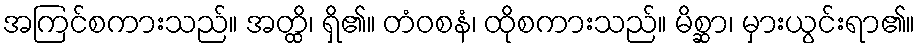
အကြင်စကားသည်။ အတ္ထိ၊ ရှိ၏။ တံဝစနံ၊ ထိုစကားသည်။ မိစ္ဆာ၊ မှားယွင်းရာ၏။